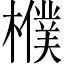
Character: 㯷